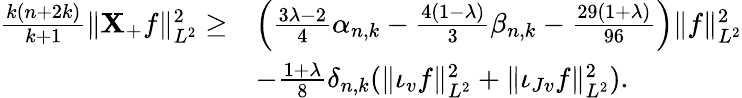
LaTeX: \begin{array}{rl}{\frac{k(n+2k)}{k+1}\| \mathbf{X}_{+}f\| _{L^{2}}^{2}\geq}&{\left(\frac{3\lambda-2}{4}\alpha_{n,k}-\frac{4(1-\lambda)}{3}\beta_{n,k}-\frac{29(1+\lambda)}{96}\right)\| f\| _{L^{2}}^{2}}\\ &{-\frac{1+\lambda}{8}\delta_{n,k}(\| \iota_{v}f\| _{L^{2}}^{2}+\| \iota_{Jv}f\| _{L^{2}}^{2}).}\end{array}